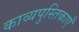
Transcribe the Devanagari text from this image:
काव्यपुस्तिकाएँ